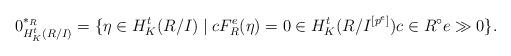
LaTeX: \begin{align*}0^{*_R}_{H^t_K(R/I)} = \{ \eta \in H^t_K(R/I) \mid c F^e_R(\eta) = 0 \in H^t_K(R/I^{[p^e]}) c \in R^{\circ} e \gg 0\}.\end{align*}